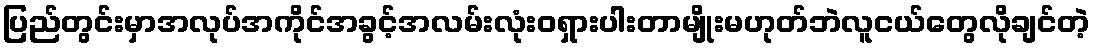
ပြည်တွင်းမှာအလုပ်အကိုင်အခွင့်အလမ်းလုံးဝရှားပါးတာမျိုးမဟုတ်ဘဲလူငယ်တွေလိုချင်တဲ့